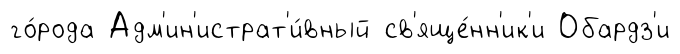
го́рода Адм'ин'истрат'и́вный св'яще́нн'ик'и Обардз'и